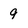
Character: 9